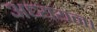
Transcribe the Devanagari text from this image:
अध्‍ययन।